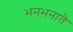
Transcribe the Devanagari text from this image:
भनभनाते